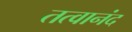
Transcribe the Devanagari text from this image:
तत्वानंद